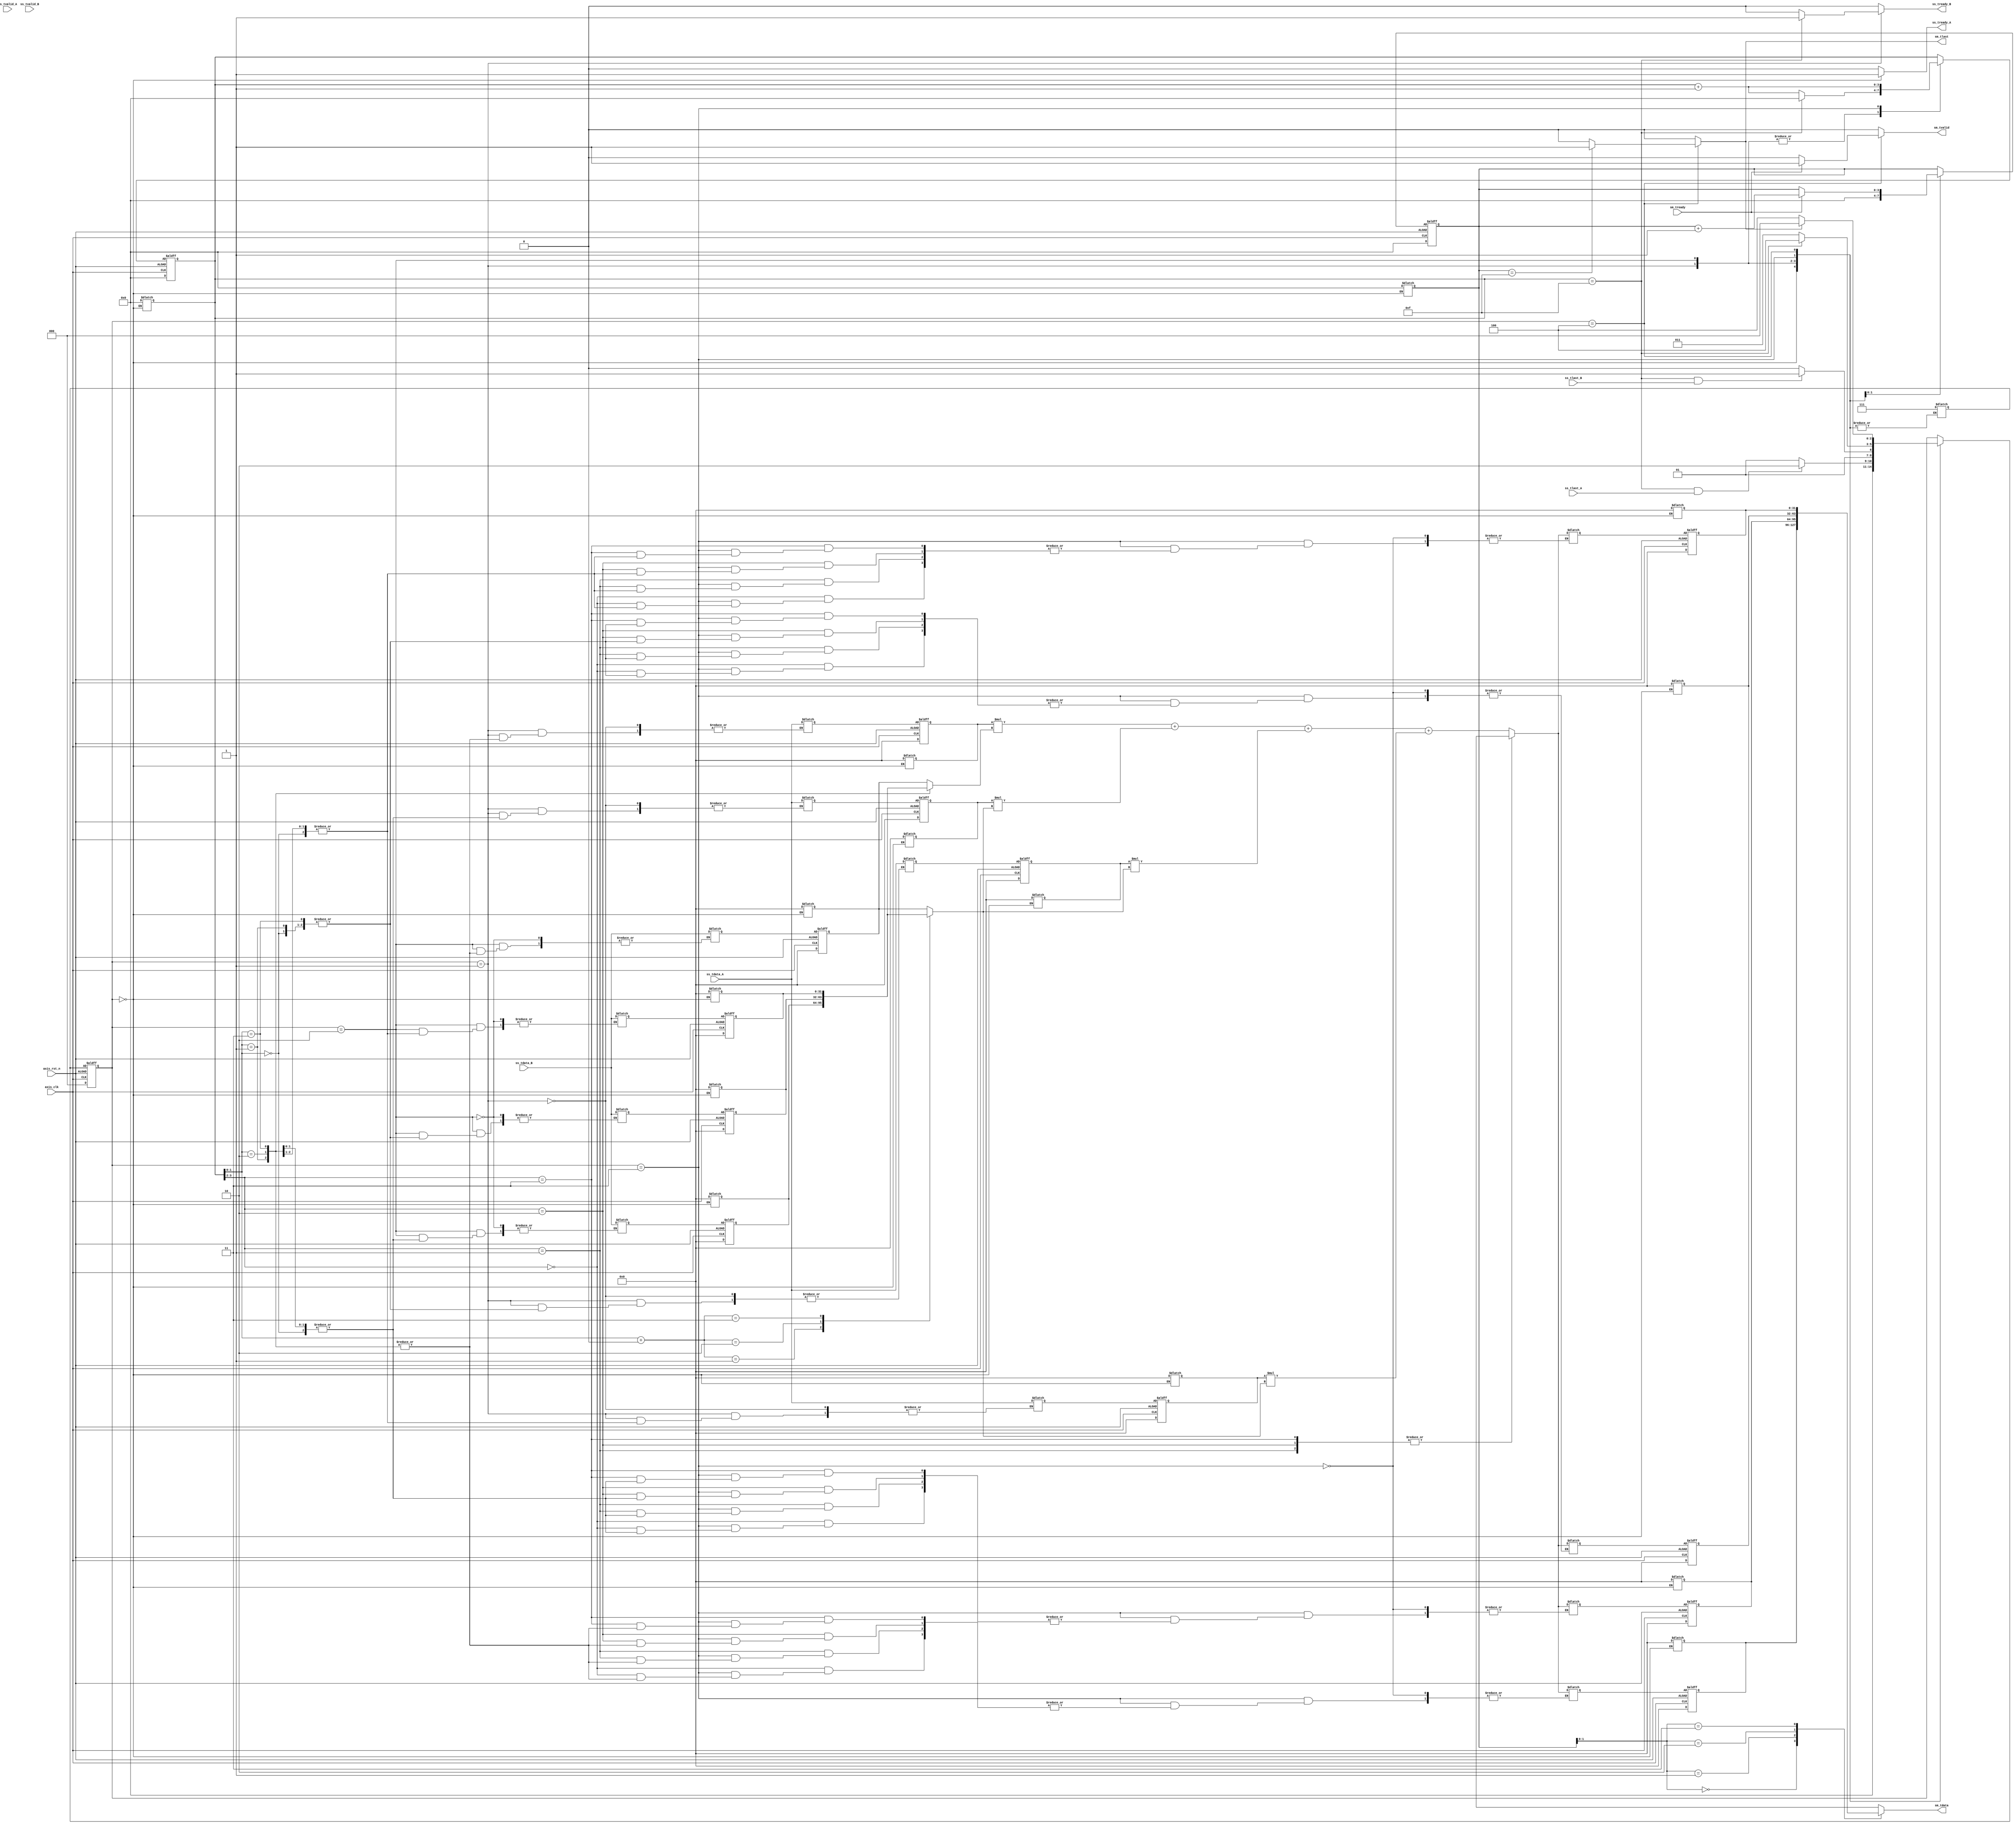
module Matmul 
#(  parameter pDATA_WIDTH = 32
)
(
    input   wire                     ss_tvalid_A, //stream write?
    input   wire [(pDATA_WIDTH-1):0] ss_tdata_A,
    input   wire                     ss_tlast_A,
    output  wire                     ss_tready_A,

    input   wire                     ss_tvalid_B, //stream write?
    input   wire [(pDATA_WIDTH-1):0] ss_tdata_B,
    input   wire                     ss_tlast_B,
    output  wire                     ss_tready_B,

    input   wire                     sm_tready, //stream read
    output  wire                     sm_tvalid,
    output  wire [(pDATA_WIDTH-1):0] sm_tdata,
    output  wire                     sm_tlast,
    
    input   wire                     axis_clk,
    input   wire                     axis_rst_n
);

//reg [3:0] a11,a12,a13,a14,a21,a22,a23,a24,a31,a32,a33,a34,a41,a42,a43,a44;//A矩陣16個元素
//reg [3:0] b11,b12,b13,b14,b21,b22,b23,b24,b31,b32,b33,b34,b41,b42,b43,b44;//矩陣16個元素
reg ss_tready_A_w,ss_tready_B_w,sm_tvalid_w,sm_tlast_w;
//register
reg [2:0] state_r,state_w;
reg [(pDATA_WIDTH-1):0] A_w[0:3],A_r[0:3];
reg [(pDATA_WIDTH-1):0] B_w[0:3],B_r[0:3];
reg [(pDATA_WIDTH-1):0] C_w[0:3],C_r[0:3];

reg [3:0] counter_w,counter_r,cout_w,cout_r;
//parameer & integer
parameter   Idle=0,
            Load_A=1,
            Load_B=2,
            Alu=3,
            Out=4;
            
integer i,j,k;
//continuous assignment
assign ss_tready_A=ss_tready_A_w;
assign ss_tready_B=ss_tready_B_w;
assign sm_tvalid  =sm_tvalid_w;
assign sm_tlast   =sm_tlast_w;
assign sm_tdata   =C_r[cout_r];

//Finite State Machine
    always@(*)begin
       case (state_r)
        Idle:begin //結束要做reset
            if ("接收CPU訊號準備開始運作"==1) begin
                state_w=Load_A;//要檢查是否下個cycle就會正確給直
            end else begin
                state_w = Idle;
            end
        end
            
        Load_A:begin
            state_w=Load_A;
            if(counter_r==15 && ss_tlast_A==1)begin //判斷條件也許擇一就可以
            state_w=Load_B;
            end
        end

        Load_B:begin
            state_w=Load_B; 
            if(counter_r==15 && ss_tlast_B==1)begin
            state_w=Alu;
            end
        end

        Alu:begin
            if(counter_r == 15) state_w=Out;
            else state_w = Alu;
        end
        
        Out:begin
            if(sm_tlast==1)begin
                state_w = Idle;
            end else state_w = Out;
        end
        default:state_w= state_r; 
       endcase
    end

//Combinational block
    always@(*)begin
    //initiallize
    sm_tvalid_w=0;
    sm_tlast_w=0;
    ss_tready_A_w=0;
    ss_tready_B_w=0;
    cout_w = cout_r;
    counter_w=counter_r;
    for (i=0; i<16; i=i+1)A_w[i] <=0;
    for (j=0; j<16; j=j+1)B_w[j] <=0;
    for (k=0; k<16; k=k+1)C_w[k] <=0;
        case (state_r)
         Idle:begin
            ss_tready_A_w=1;
        //reset
            cout_r                       = 0;
            counter_r                    = 0;
            for (i=0; i<16; i=i+1)A_r[i] = 0;
            for (j=0; j<16; j=j+1)B_r[j] = 0;
            for (k=0; k<16; k=k+1)C_r[k] = 0;
         end
         Load_A:begin
            counter_w=counter_r+1;
            A_w[counter_r]=ss_tdata_A;
            if(counter_r==15)begin
                ss_tready_A_w=0;
                ss_tready_B_w=1;
                counter_w=0;
            end
         end
         Load_B:begin
            counter_w=counter_r+1;
            B_w[counter_r]=ss_tdata_B;
            if(counter_r==15)begin
                ss_tready_B_w=0;
                counter_w=0;
            end
         end
         Alu:begin
            counter_w=counter_r+1;
            case (counter_r[3:2])
                2'd0:C_w[counter_r]=A_r[0]*B_r[counter_r[1:0]]+A_r[1]*B_r[counter_r[1:0]+4]+A_r[2]*B_r[counter_r[1:0]+8]+A_r[3]*B_r[counter_r[1:0]+12];
                2'd1:C_w[counter_r]=A_r[4]*B_r[counter_r[1:0]]+A_r[5]*B_r[counter_r[1:0]+4]+A_r[6]*B_r[counter_r[1:0]+8]+A_r[7]*B_r[counter_r[1:0]+12];
                2'd2:C_w[counter_r]=A_r[8]*B_r[counter_r[1:0]]+A_r[9]*B_r[counter_r[1:0]+4]+A_r[10]*B_r[counter_r[1:0]+8]+A_r[11]*B_r[counter_r[1:0]+12];
                2'd3:C_w[counter_r]=A_r[12]*B_r[counter_r[1:0]]+A_r[13]*B_r[counter_r[1:0]+4]+A_r[14]*B_r[counter_r[1:0]+8]+A_r[15]*B_r[counter_r[1:0]+12];
                default:C_w[0]=C_r[0];
            endcase
            cout_w = 0;
         end
         Out:begin
            if(sm_tready)begin
                sm_tvalid_w=1;
                cout_w=cout_r+1;
            end
            if(cout_r==15)sm_tlast_w=1;
         end
        default:state_w=7;
        endcase
    end
 //Sequential block
    always @(posedge axis_clk or posedge axis_rst_n) begin
        if(~axis_rst_n)begin
            state_r                      <= 0;
            cout_r                       <= 0;
            counter_r                    <= 0;
            for (i=0; i<16; i=i+1)A_r[i] <= 0;
            for (j=0; j<16; j=j+1)B_r[j] <= 0;
            for (k=0; k<16; k=k+1)C_r[k] <= 0;
        end else begin
            state_r                      <= state_w;
            cout_r                       <= cout_w;
            counter_r                    <= counter_w;
            for (i=0; i<16; i=i+1)A_r[i] <=A_w[i];
            for (j=0; j<16; j=j+1)B_r[j] <=B_w[j];
            for (k=0; k<16; k=k+1)C_r[k] <=C_w[k];
        end
    end 
endmodule